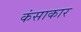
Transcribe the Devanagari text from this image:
कंसाकार